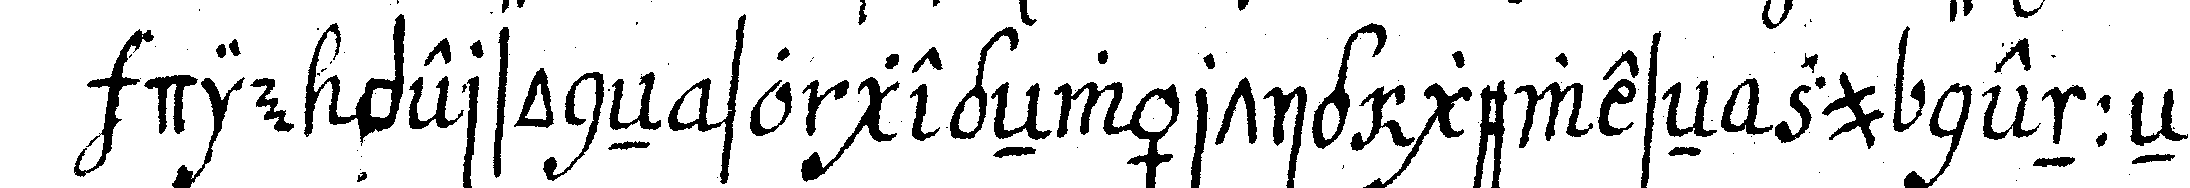
die personeN so gegeNwärtig geweseN zu nenneN